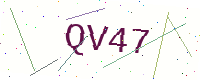
Text: QV47